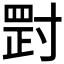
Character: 𡬺